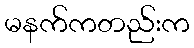
မနက်ကတည်းက